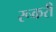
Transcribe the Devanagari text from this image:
रूकरी